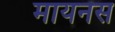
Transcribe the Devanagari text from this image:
मायनस